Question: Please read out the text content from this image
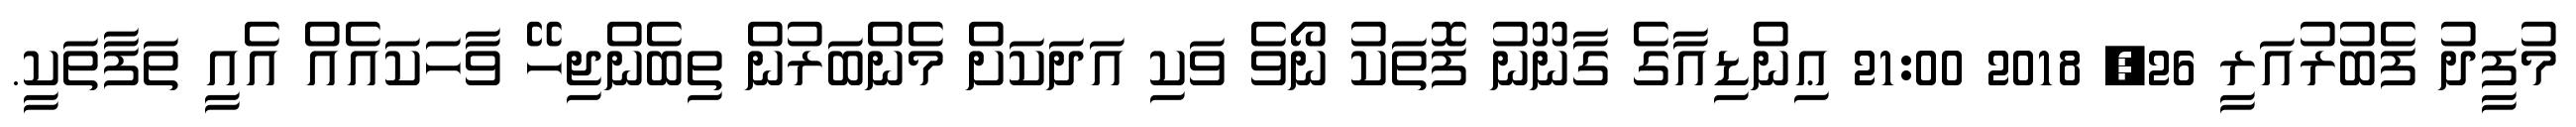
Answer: މުފީދު ފެބުރުއަރީ 26, 2018 21:00 ޢިންޑިއާގެ ގާނޫނު ފޮތަކު ނޯވެ ވަކި އަދަކަށް މެންބަރުން ތިބެންޖިހޭ ވާހަކައެއް އެއީ ތަފާތަކީ.